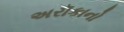
અરૉકાનો